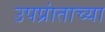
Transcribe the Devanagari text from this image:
उपप्रांताच्या